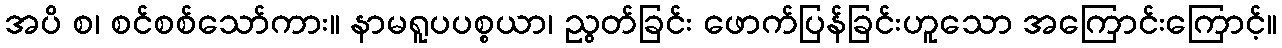
အပိ စ၊ စင်စစ်သော်ကား။ နာမရူပပစ္စယာ၊ ညွတ်ခြင်း ဖောက်ပြန်ခြင်းဟူသော အကြောင်းကြောင့်။